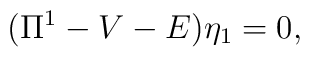
({\Pi}^1 - V- E ){\eta}_1 =0,